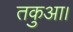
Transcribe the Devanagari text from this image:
तकुआ।